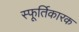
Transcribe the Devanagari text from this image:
स्फूर्तिकारक